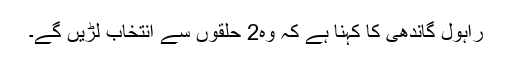
راہول گاندھی کا کہنا ہے کہ وہ2 حلقوں سے انتخاب لڑیں گے۔